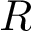
R